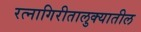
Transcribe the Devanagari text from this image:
रत्‍नागिरीतालुक्यातील